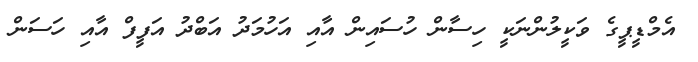
އެމްޑީޕީގެ ވަކީލުންނަކީ ހިސާން ހުސައިން އާއި އަހުމަދު އަބްދު އަފީފް އާއި ހަސަން